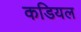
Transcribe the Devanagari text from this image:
कडियल